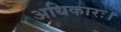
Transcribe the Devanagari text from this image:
अधिकारः।